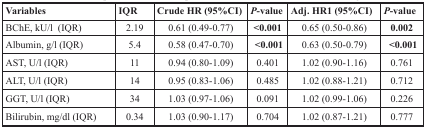
<table><thead><tr><td><b>Variables</b></td><td><b>IQR</b></td><td><b>Crude HR (95%CI)</b></td><td><b><i>P</i>-value</b></td><td><b>Adj. HR1 (95%CI)</b></td><td><b><i>P</i>-value</b></td></tr></thead><tbody><tr><td>BChE, kU/l (IQR)</td><td>2.19</td><td>0.61 (0.49-0.77)</td><td><b>&lt;0.001</b></td><td>0.65 (0.50-0.86)</td><td><b>0.002</b></td></tr><tr><td>Albumin, g/l (IQR)</td><td>5.4</td><td>0.58 (0.47-0.70)</td><td><b>&lt;0.001</b></td><td>0.63 (0.50-0.79)</td><td><b>&lt;0.001</b></td></tr><tr><td>AST, U/l (IQR)</td><td>11</td><td>0.94 (0.80-1.09)</td><td>0.401</td><td>1.02 (0.90-1.16)</td><td>0.761</td></tr><tr><td>ALT, U/l (IQR)</td><td>14</td><td>0.95 (0.83-1.06)</td><td>0.485</td><td>1.02 (0.88-1.21)</td><td>0.712</td></tr><tr><td>GGT, U/l (IQR)</td><td>34</td><td>1.03 (0.97-1.06)</td><td>0.091</td><td>1.02 (0.99-1.06)</td><td>0.226</td></tr><tr><td>Bilirubin, mg/dl (IQR)</td><td>0.34</td><td>1.03 (0.90-1.17)</td><td>0.704</td><td>1.02 (0.87-1.21)</td><td>0.777</td></tr></tbody></table>